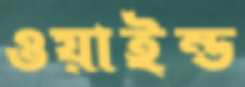
ওয়াইন্ড